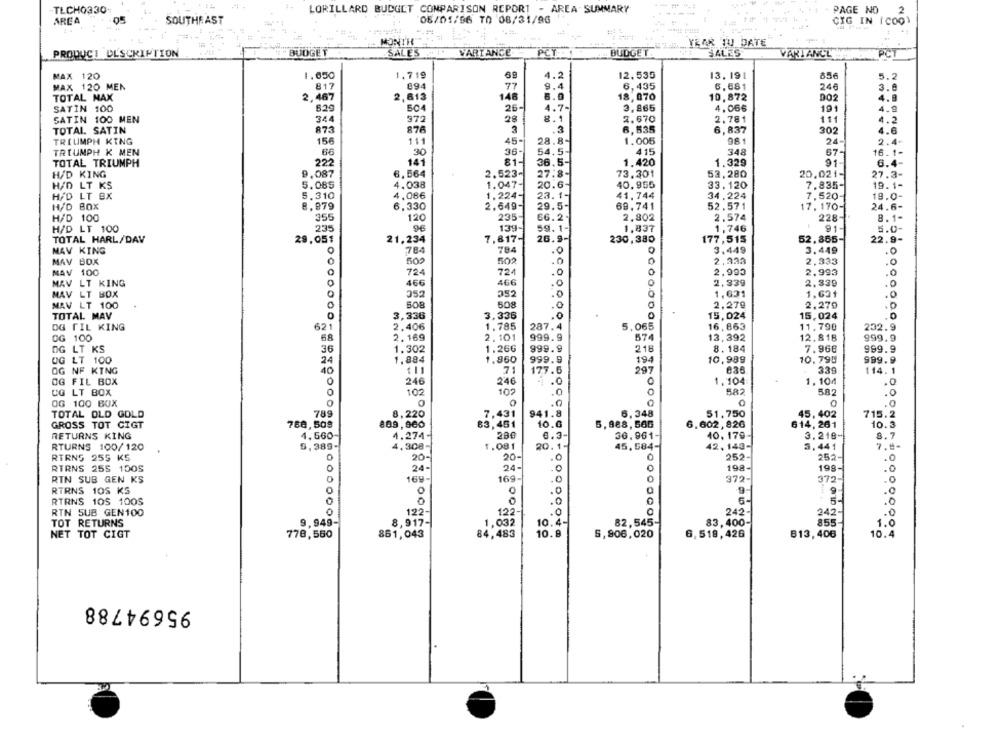
TLCHO330-
LORILLARD BUDGET COMPARISON REPORT - AREA SUMMARY
PAGE NO
2
ARCA
05
SOUTHEAST
08/01/56 TO 08/31/96
CIG IN (COD)
MONTH
YEAR TU DATE
PRODUCT DESCRIPTION
BUDGET
SALES
VARIANCE
PCT
BUDGET.
SALES
VARIANCE
PCT
MAX 120
1.650
1.719
4.2
12,535
13. 191
5.2
856
MAX 120 MEN
817
094
77
9.4
6,435
6,681
246
3.0
TOTAL MAX
2,467
2,613
148
6.0
18,070
10,872
002
4.8
SATIN 100
529
504
26-
4.7-
3,865
4.066
191
4.9
SATIN 100 MEN
344
372
28
8.1
2.670
2.781
111
4.2
TOTAL. SATIN
873
876
3
.3
6,535
6,837
302
4.6
TRIUMPH KING
156
111
45-
28.8-
1.005
981
24-
2.4.
TRIUMPH K MEN
30
36-
54.5-
415
348
67-
16.1-
TOTAL TRIUMPH
222
141
81-1
36.5-
1.420
1.329
91-
6.4-
H/D KING
9.087
6.564
2.523-
27.8-
73.301
53,280
20,021-
27.3-
H/D LT KS
5.065
4.038
1.047-
20.6-
40,955
33.120
7.835-
19.1-
4.086
1.224-
41.744
H/D LT BX
5.310
23.1-
34.224
7,520-
19.0-
H/D BOX
8,879
6,330
2.649-
29.5-
69.741
52.571
17. 170-
24.6-
235
2.574
H/D 100
355
120
66.2-
2,802
228-
8.1-
H/D LT 100
235
139-
59.1-
1,837
1,746
91-
5.0
21.234
7,817-
26.9-
230,380
TOTAL HARL/DAV
29.051
177,515
52,855-
22.9-
NAV KING
0
784
784
0
3.449
3.449
MAV BOX
502
502
0
2,333
.0
2.333
00
NAV 100
724
72.
.O
2,993
2,993
MAV LT KING
466
466
.0
0
2,339
2.339
0
0
MAV LT BOX
052
252
.0
1,631
1.631
MAV LT 100
508
508
.0
2.279
2.279
0
TOTAL MAV
3,336
3.336
O
0
15,024
15,024
OG TIL KING
621
2.406
1.785
287.4
5,065
16,863
11,790
232.9
OG 100
68
2.169
2.101
999.9
574
13,392
12.818
999.9
OG LT KS
1.302
1.266
999.9
218
8. 184
7.966
999.9
36
UG LT 100
24
1,884
1.860
999.9
194
10,999
10.790
999.9
OG NF KING
40
177.6
297
339
114.1
OG FIL BOX
246
246
.0
0
1. 104
1.104
UG LT BOX
102
102
.0
582
582
.0
OG 100 BOX
.0
0
.0
TOTAL OLD GOLD
789
8,220
7,431
941.8
6,348
51,750
45,402
715.2
GROSS TOT GIGT
809,960
63,451
10.0
5,988, 560
6.602,826
614,261
10.3
780,509
RETURNS KING
4.560
4.274+
200
6.3-
36.961-
10. 179-
3.218-
8.7
5, 389-
4,308-
1.081
20.1-
45.584-
42,143-
3.441
7.8-
RTURNS 100/120
RTRNS 255 KS
20-
20-
252-
252-
.0
RTRNS 255 1005
0
24-
24-
0
198-
198-
.0
RIN SUB GEN KS
169-
169-
O
372-
372-
.O
RTRNS 105 KS
0
.0
9:
1 9
.0
0
0
RTRNS 105 1005
.0
RIN SUB GEN100
122-
122
. 0
242-
242
TOT RETURNS
9.949-
8,917-
1,032
10.4-
82,545-
83,400-
855-
1.0
NET TOT CIGT
778,560
861,043
84,483
10.8
5,906,020
6.518,426
613,406
10.4
95694788